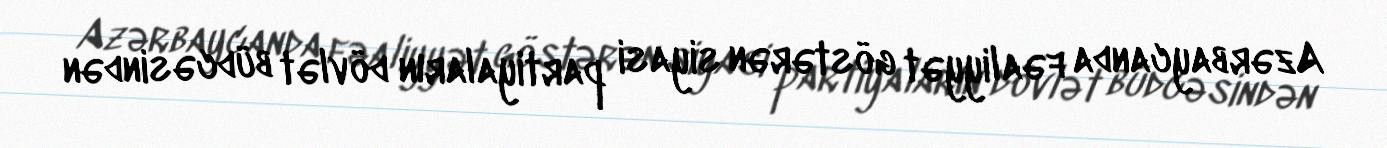
Azərbaycanda fəaliyyət göstərən siyasi partiyaların dövlət büdcəsindən